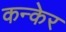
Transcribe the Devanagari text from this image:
कन्केर